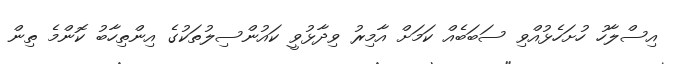
އިސްލާހު ހުށަހެޅުއްވި ސަބަބެއް ކަމަށް އާމިރު ވިދާޅުވީ ކައުންސިލުތަކުގެ އިންތިހާބު ކޮންމެ ތިން